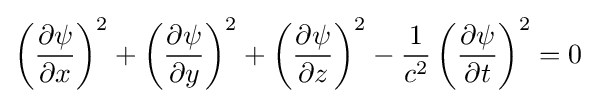
\left({\frac {\partial \psi }{\partial x}}\right)^{2}+\left({\frac {\partial \psi }{\partial y}}\right)^{2}+\left({\frac {\partial \psi }{\partial z}}\right)^{2}-{\frac {1}{c^{2}}}\left({\frac {\partial \psi }{\partial t}}\right)^{2}=0